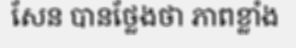
សែន បានថ្លែងថា ភាពខ្លាំង